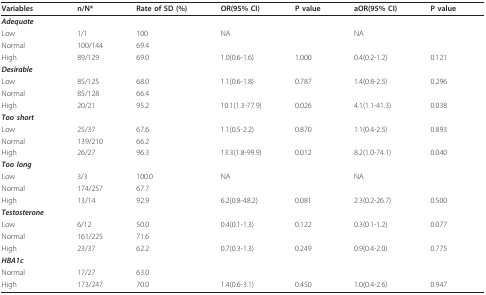
<table><thead><tr><td><b>Variables</b></td><td><b>n/N*</b></td><td><b>Rate of SD (%)</b></td><td><b>OR(95% CI)</b></td><td><b>P value</b></td><td><b>aOR(95% CI)</b></td><td><b>P value</b></td></tr></thead><tbody><tr><td><b><i>Adequate</i></b></td><td></td><td></td><td></td><td></td><td></td><td></td></tr><tr><td>Low</td><td>1/1</td><td>100</td><td>NA</td><td></td><td>NA</td><td></td></tr><tr><td>Normal</td><td>100/144</td><td>69.4</td><td></td><td></td><td></td><td></td></tr><tr><td>High</td><td>89/129</td><td>69.0</td><td>1.0(0.6-1.6)</td><td>1.000</td><td>0.4(0.2-1.2)</td><td>0.121</td></tr><tr><td><b><i>Desirable</i></b></td><td></td><td></td><td></td><td></td><td></td><td></td></tr><tr><td>Low</td><td>85/125</td><td>68.0</td><td>1.1(0.6-1.8)</td><td>0.787</td><td>1.4(0.8-2.5)</td><td>0.296</td></tr><tr><td>Normal</td><td>85/128</td><td>66.4</td><td></td><td></td><td></td><td></td></tr><tr><td>High</td><td>20/21</td><td>95.2</td><td>10.1(1.3-77.9)</td><td>0.026</td><td>4.1(1.1-41.3)</td><td>0.038</td></tr><tr><td><b><i>Too short</i></b></td><td></td><td></td><td></td><td></td><td></td><td></td></tr><tr><td>Low</td><td>25/37</td><td>67.6</td><td>1.1(0.5-2.2)</td><td>0.870</td><td>1.1(0.4-2.5)</td><td>0.893</td></tr><tr><td>Normal</td><td>139/210</td><td>66.2</td><td></td><td></td><td></td><td></td></tr><tr><td>High</td><td>26/27</td><td>96.3</td><td>13.3(1.8-99.9)</td><td>0.012</td><td>8.2(1.0-74.1)</td><td>0.040</td></tr><tr><td><b><i>Too long</i></b></td><td></td><td></td><td></td><td></td><td></td><td></td></tr><tr><td>Low</td><td>3/3</td><td>100.0</td><td>NA</td><td></td><td>NA</td><td></td></tr><tr><td>Normal</td><td>174/257</td><td>67.7</td><td></td><td></td><td></td><td></td></tr><tr><td>High</td><td>13/14</td><td>92.9</td><td>6.2(0.8-48.2)</td><td>0.081</td><td>2.3(0.2-26.7)</td><td>0.500</td></tr><tr><td><b><i>Testosterone</i></b></td><td></td><td></td><td></td><td></td><td></td><td></td></tr><tr><td>Low</td><td>6/12</td><td>50.0</td><td>0.4(0.1-1.3)</td><td>0.122</td><td>0.3(0.1-1.2)</td><td>0.077</td></tr><tr><td>Normal</td><td>161/225</td><td>71.6</td><td></td><td></td><td></td><td></td></tr><tr><td>High</td><td>23/37</td><td>62.2</td><td>0.7(0.3-1.3)</td><td>0.249</td><td>0.9(0.4-2.0)</td><td>0.775</td></tr><tr><td><b><i>HBA1c</i></b></td><td></td><td></td><td></td><td></td><td></td><td></td></tr><tr><td>Normal</td><td>17/27</td><td>63.0</td><td></td><td></td><td></td><td></td></tr><tr><td>High</td><td>173/247</td><td>70.0</td><td>1.4(0.6-3.1)</td><td>0.450</td><td>1.0(0.4-2.6)</td><td>0.947</td></tr></tbody></table>